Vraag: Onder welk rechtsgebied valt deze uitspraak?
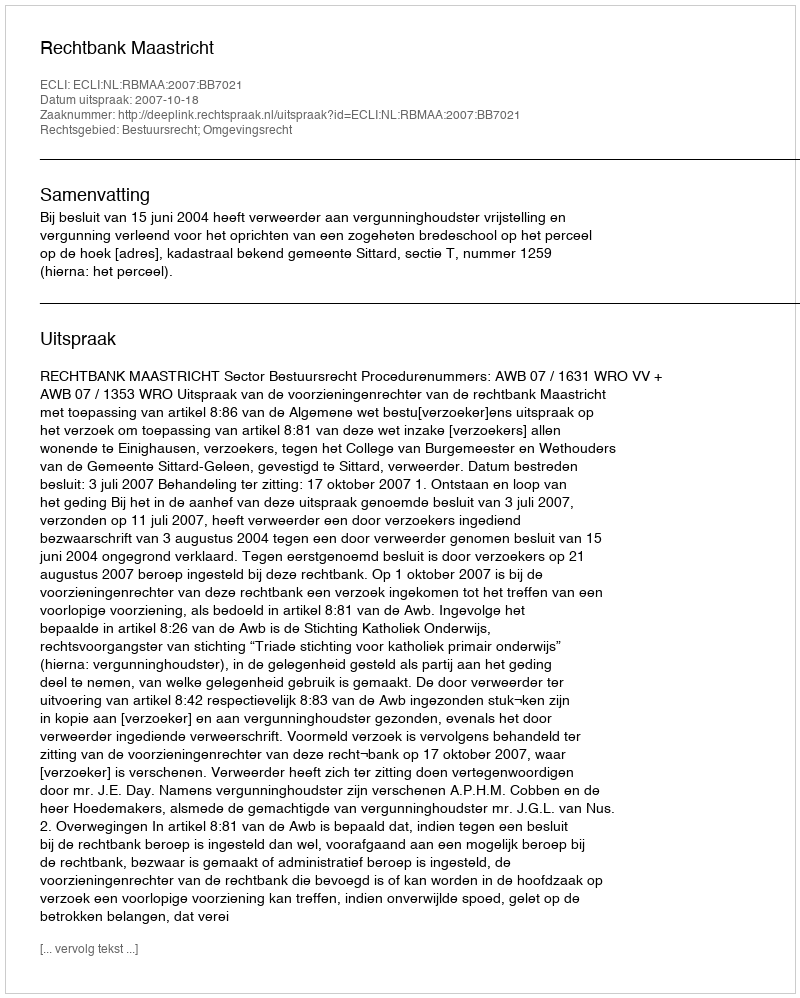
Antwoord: Bestuursrecht; Omgevingsrecht